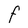
Character: F